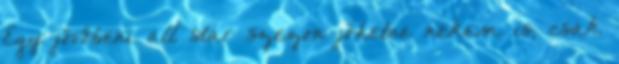
Egy jövőbeni all star szezon jöhetne nekem is, csak